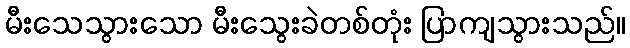
မီးသေသွားသော မီးသွေးခဲတစ်တုံး ပြာကျသွားသည်။